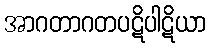
အာဂတာဂတပဋိပါဋိယာ